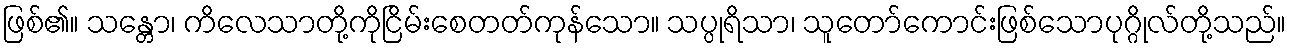
ဖြစ်၏။ သန္တော၊ ကိလေသာတို့ကိုငြိမ်းစေတတ်ကုန်သော။ သပ္ပုရိသာ၊ သူတော်ကောင်းဖြစ်သောပုဂ္ဂိုလ်တို့သည်။